DOW-UAP-D48, Department of the Air Force Report, 1996
Agency: Department of War
Incident date: 9/10/96
Page 67
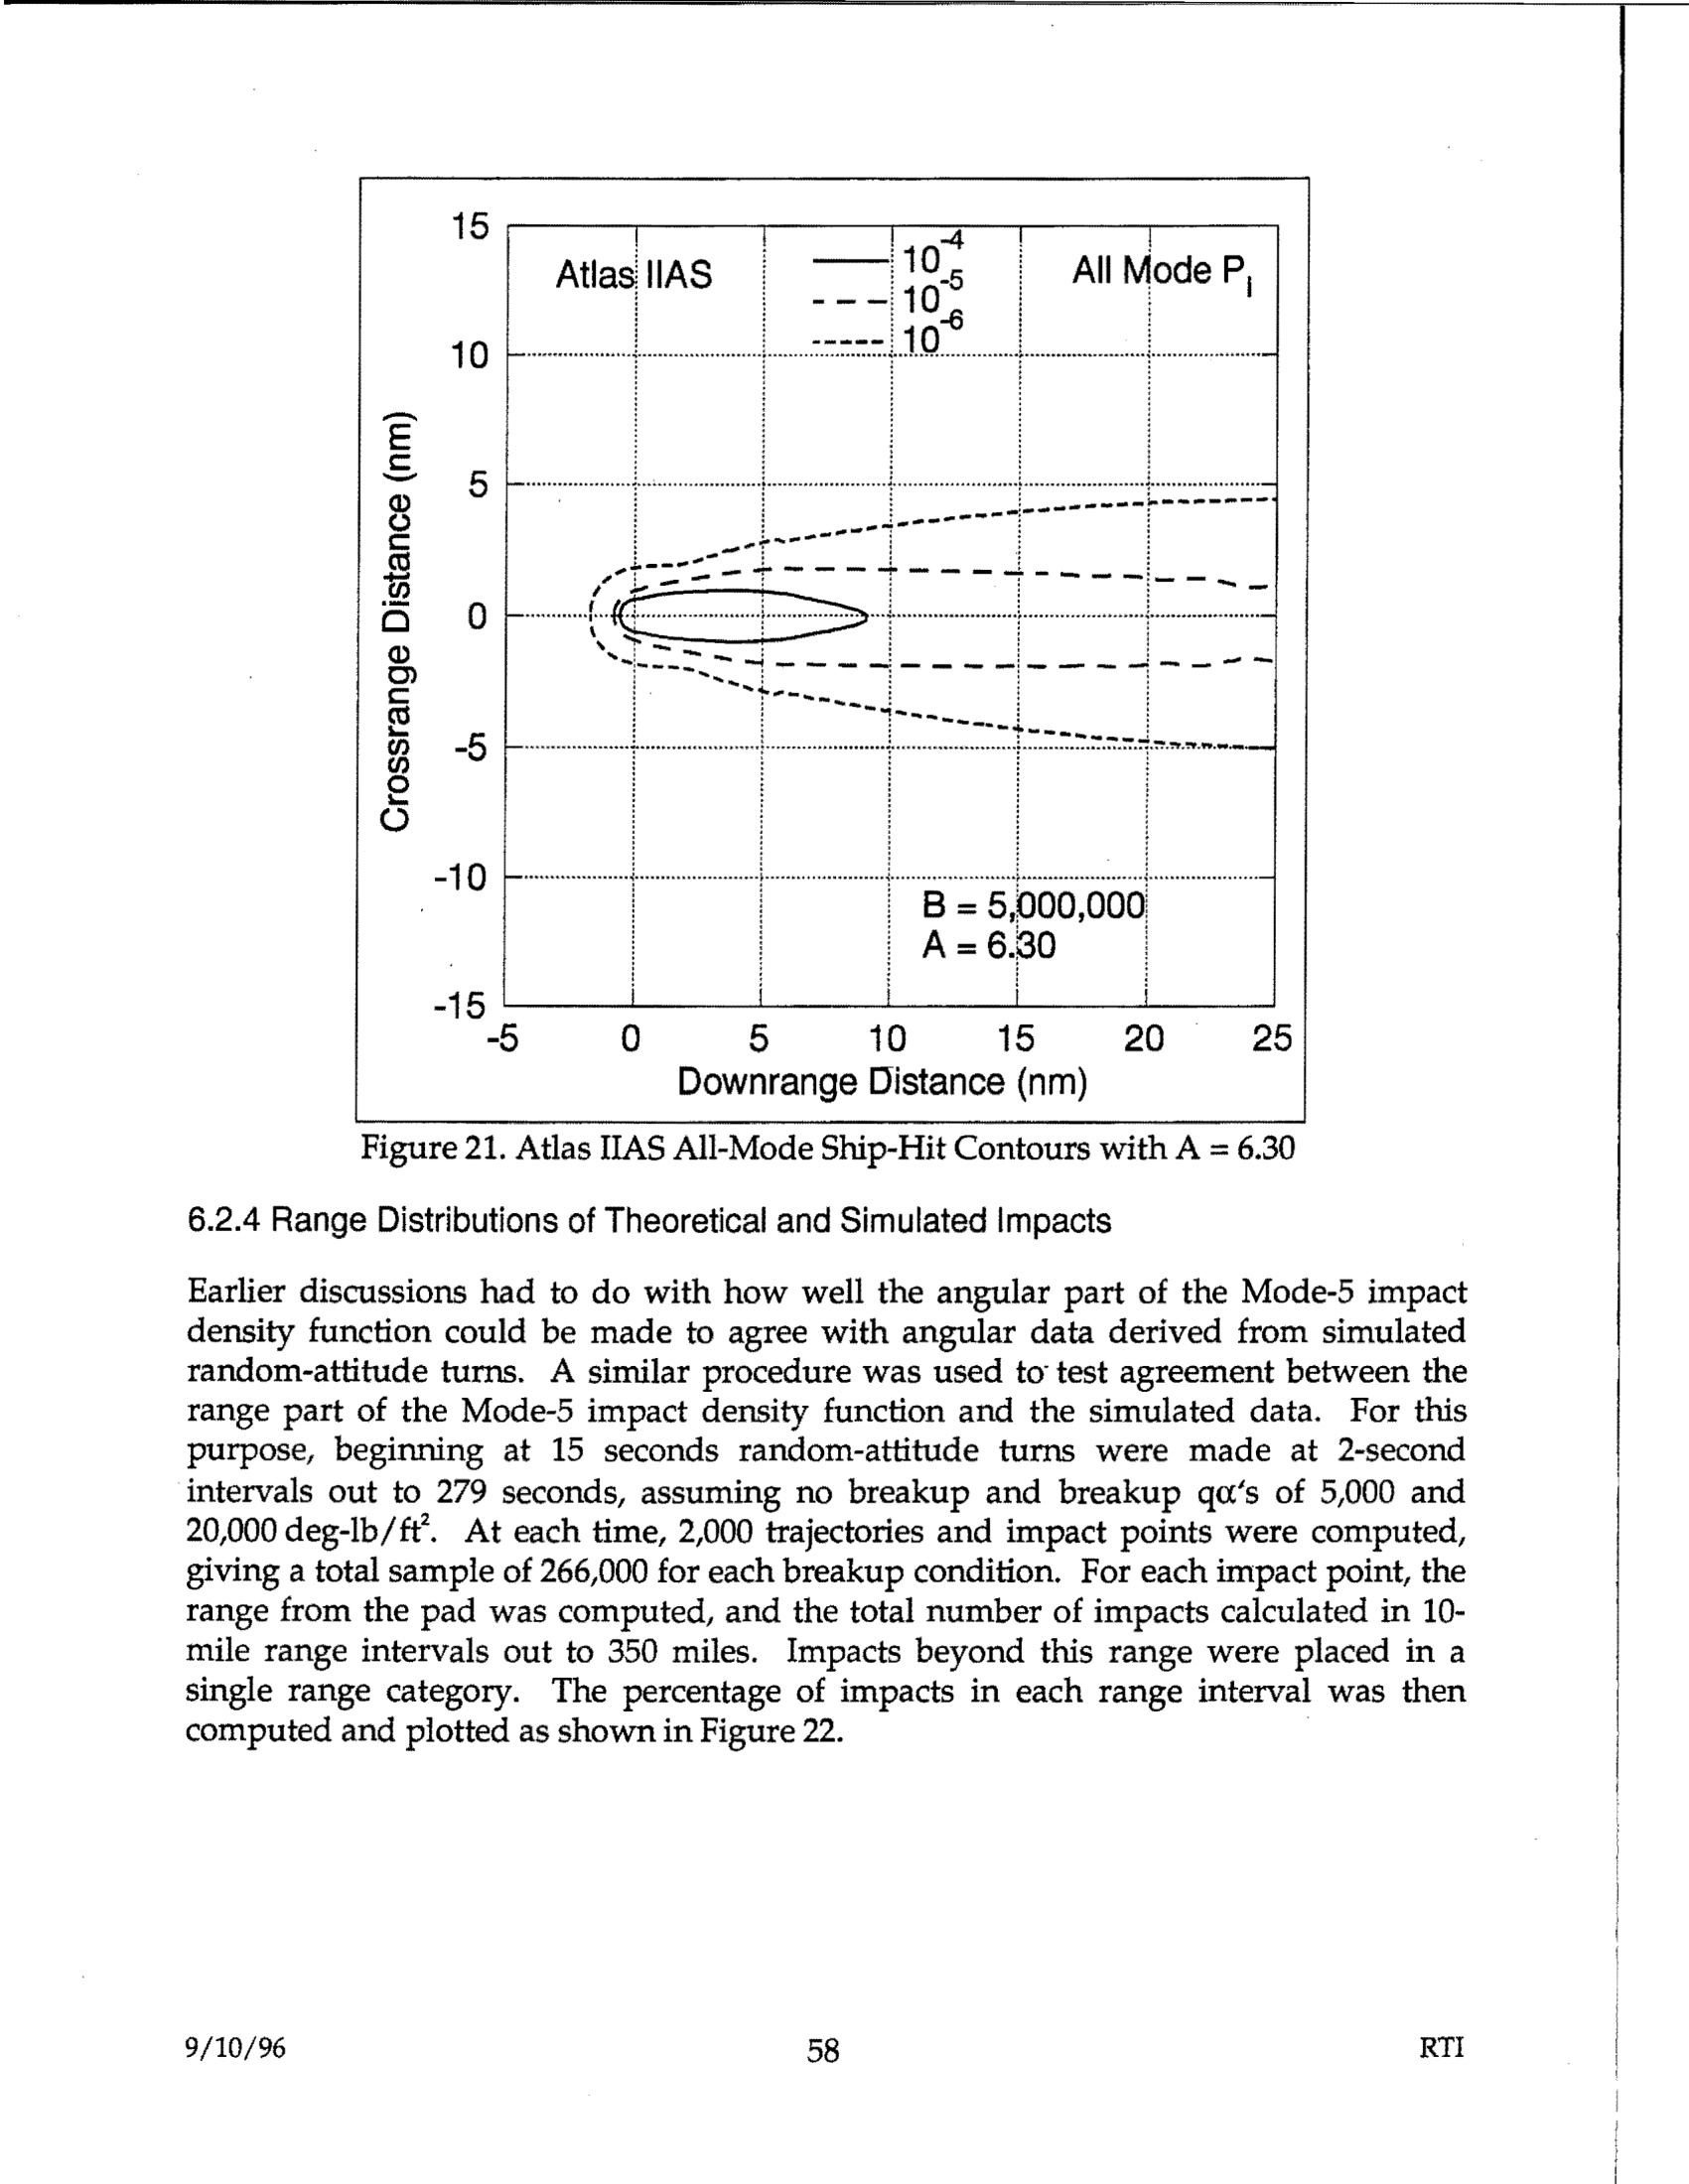